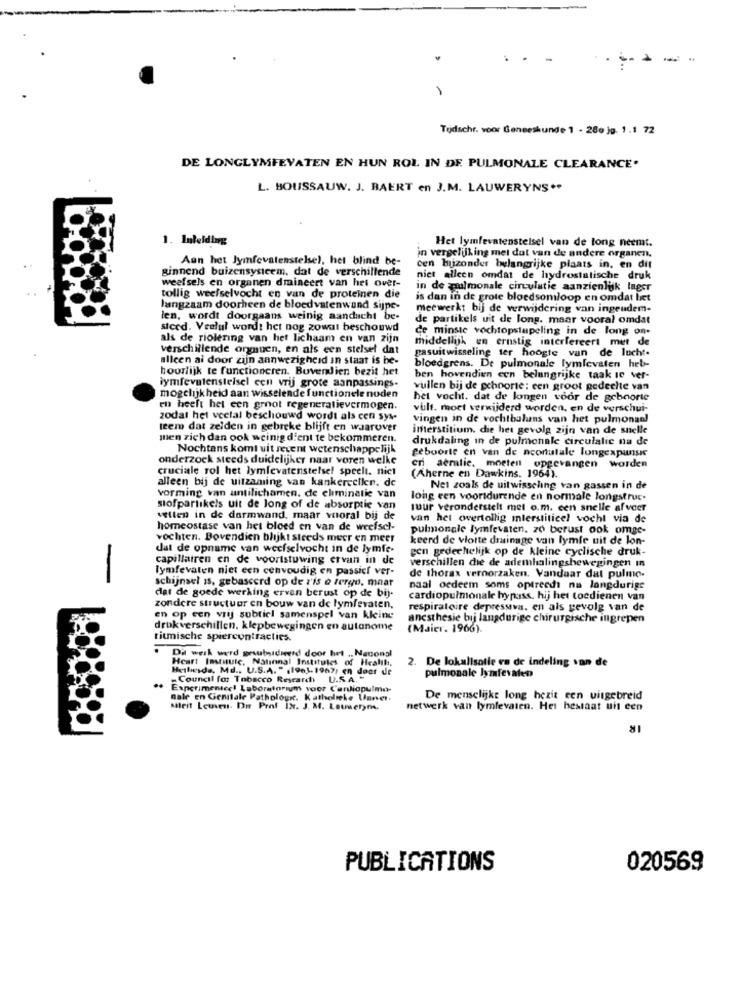
1
Todschr. voor Geneeskunde 1 - 280 jg. 1.1 72
DE LONGLYMFEVATEN EN HUN ROL IN DE PULMONALE CLEARANCE'
L. BOUSSAUW. J. BAERT en J.M. LAUWERYNS **
1. Inleiding
Het lymfevatenstelsel van de long neemt.
Aan het lymfevatenstelsel, het blind be-
in vergelijking met dut van de andere organen.
ginnend buizensysteem, dat de verschillende
cen bijzonder belangrijke plaats in. en dit
weefsels en organen dmineert van het over-
niet alleen omdat de hydrostatische druk
in de pulmonale circulatie aanzienlijk lager
tollig weefselvocht en van de proteinen die
is dan in de grote bloedsomloop en omdat het
langzaam doorheen de bloedvatenwand sijpe
meewerkt bij de verwijdering van ingeudem-
len, wordt doorgaans weinig aandacht be-
de partikels uit de long. maar vooral omdat
steed. Veelul wordt het nog zowel beschouwd
als de riolering van het lichaam en van zijn
de minste vochtopstapeling in de long one
middellik en ernstig interfereert met de
verschillende orgnuen, en als een stelsel dat
alleen al door zijn aanwezigheid in staat is he-
gasuitwisseling ter hoogte van de lucht.
hoorlijk te functioneren. Bovendien bezit het
bloedgrens. De pulmonale lymfevaten heb-
lymfevatenstelsel een vrij grote aanpassings.
ben hovendien een belangrijke taak ie ver-
vullen bij de ochporte: een groot gedeelte van
mogelijkheid aan wisselende functionele noden
het vocht. dat de longen voor de geboorte
en heeft het een groot regeneratievermogen.
vult. moct verwijderd worden, en de verschui-
zodat het veelal beschouwd wordt als cen sys-
vingen in de vochtbaluns van het pulmonaal
teem dat zelden in gebreke blijft en waarover
interstitium. die het gevolg zijn van de snelle
men zich dan ook weinig dient te bekommeren.
drukdaling in de pulmonale circulalic na de
Nochtans komt uit revent wetenschappelijk
geboorte en van de acorutale longexpansie
onderzoek steeds duidelijker naar voren welke
cruciale rol het lymfevatenstelsel speelt. niet
eni aeratie. moeten opgevangen worden
alleen bij de uitzaming van kankercellen. de
(Aherne en Dawkins. 1964).
Net zoals de uitwisseling van gassen in de
vorming van antilichamen. de eliminatie van
long een voortdurende en normale longstruc.
stofpartikels uit de long of de absorptie van
tuur veronderstelt met o.m. cen snelle afvoer
vellen in de darmwand, maar vooral bij de
van het overtollig mlerstiticel vocht via de
homeostase van het bloed en van de weefsel-
pulmonale lymfevaten. 20 berust ook omge-
vochten. Bovendien blijkt steeds meer en meer
keerd de vlotte drainage van lymfe uit de lon-
dat de opname van weefselvocht in de lymfe.
gen gedeeltelijk op de kleine cyclische druk-
-
capillairen en de voortstuwing ervan in de
verschillen die de ademhalingsbewegingen in
lymfevaten niet een cenvoudig en passicf ver-
schijnsel is, gebaseerd op de z'is o tergo, maar
de thorax veroorzaken. Vandaar dat pulmo-
naal oedeem soms optreedt na langdurige
dat de goede werking ervan berust op de bij.
cardiopulmonale bypass. hij het toedienen van
zondere structuur en bouw van de lymfevaten,
respiratoire depressiva. en als gevolg van de
en op een vrij subtiel samenspel van kleine
anesthesie bij langdurige chirurgische ingrepen
drukverschillen, klepbewegingen en autonome
(Maier. 1966).
ritmische spiercontracties.
Dit werk werd gesubsidieerd door het .. Nacongl
2. De lokalisatie en de indeling son de
Heart Institute, National Institutes of Health,
Hetlesde, Md .. U.S.A. " (1961. 1967) en door de
pulmonale lymfevaten
Council for Tobacco Research U.S.A."
Experimentcel Laboratorium voor Cardiopulma-
nale en Genitale Pathologr. Katholieke Unner.
De menselijke long hezit een uitgebreid
AMleit Leuven. Du Prof IXr. J. M. Louwerym.
netwerk van lymfevaten. Hes bestaat uit een
PUBLICATIONS
020569